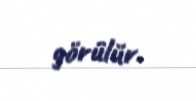
görülür.